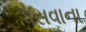
ધસવાના